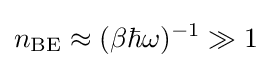
n_{\text{BE}}\approx (\beta \hbar \omega )^{-1}\gg 1